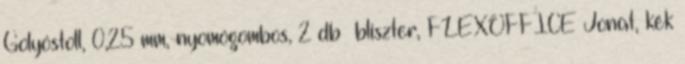
Golyóstoll, 0,25 mm, nyomógombos, 2 db bliszter, FLEXOFFICE Jonat, kék